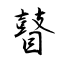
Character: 瞽